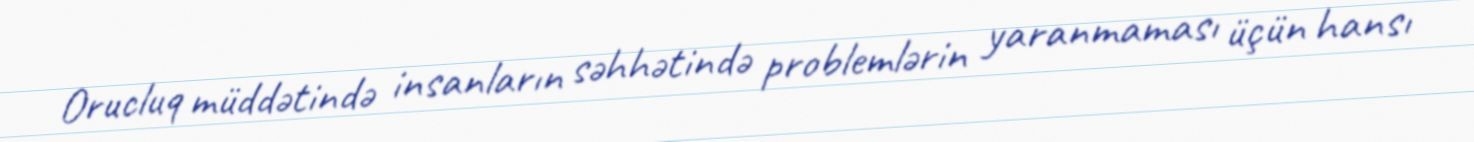
Orucluq müddətində insanların səhhətində problemlərin yaranmaması üçün hansı